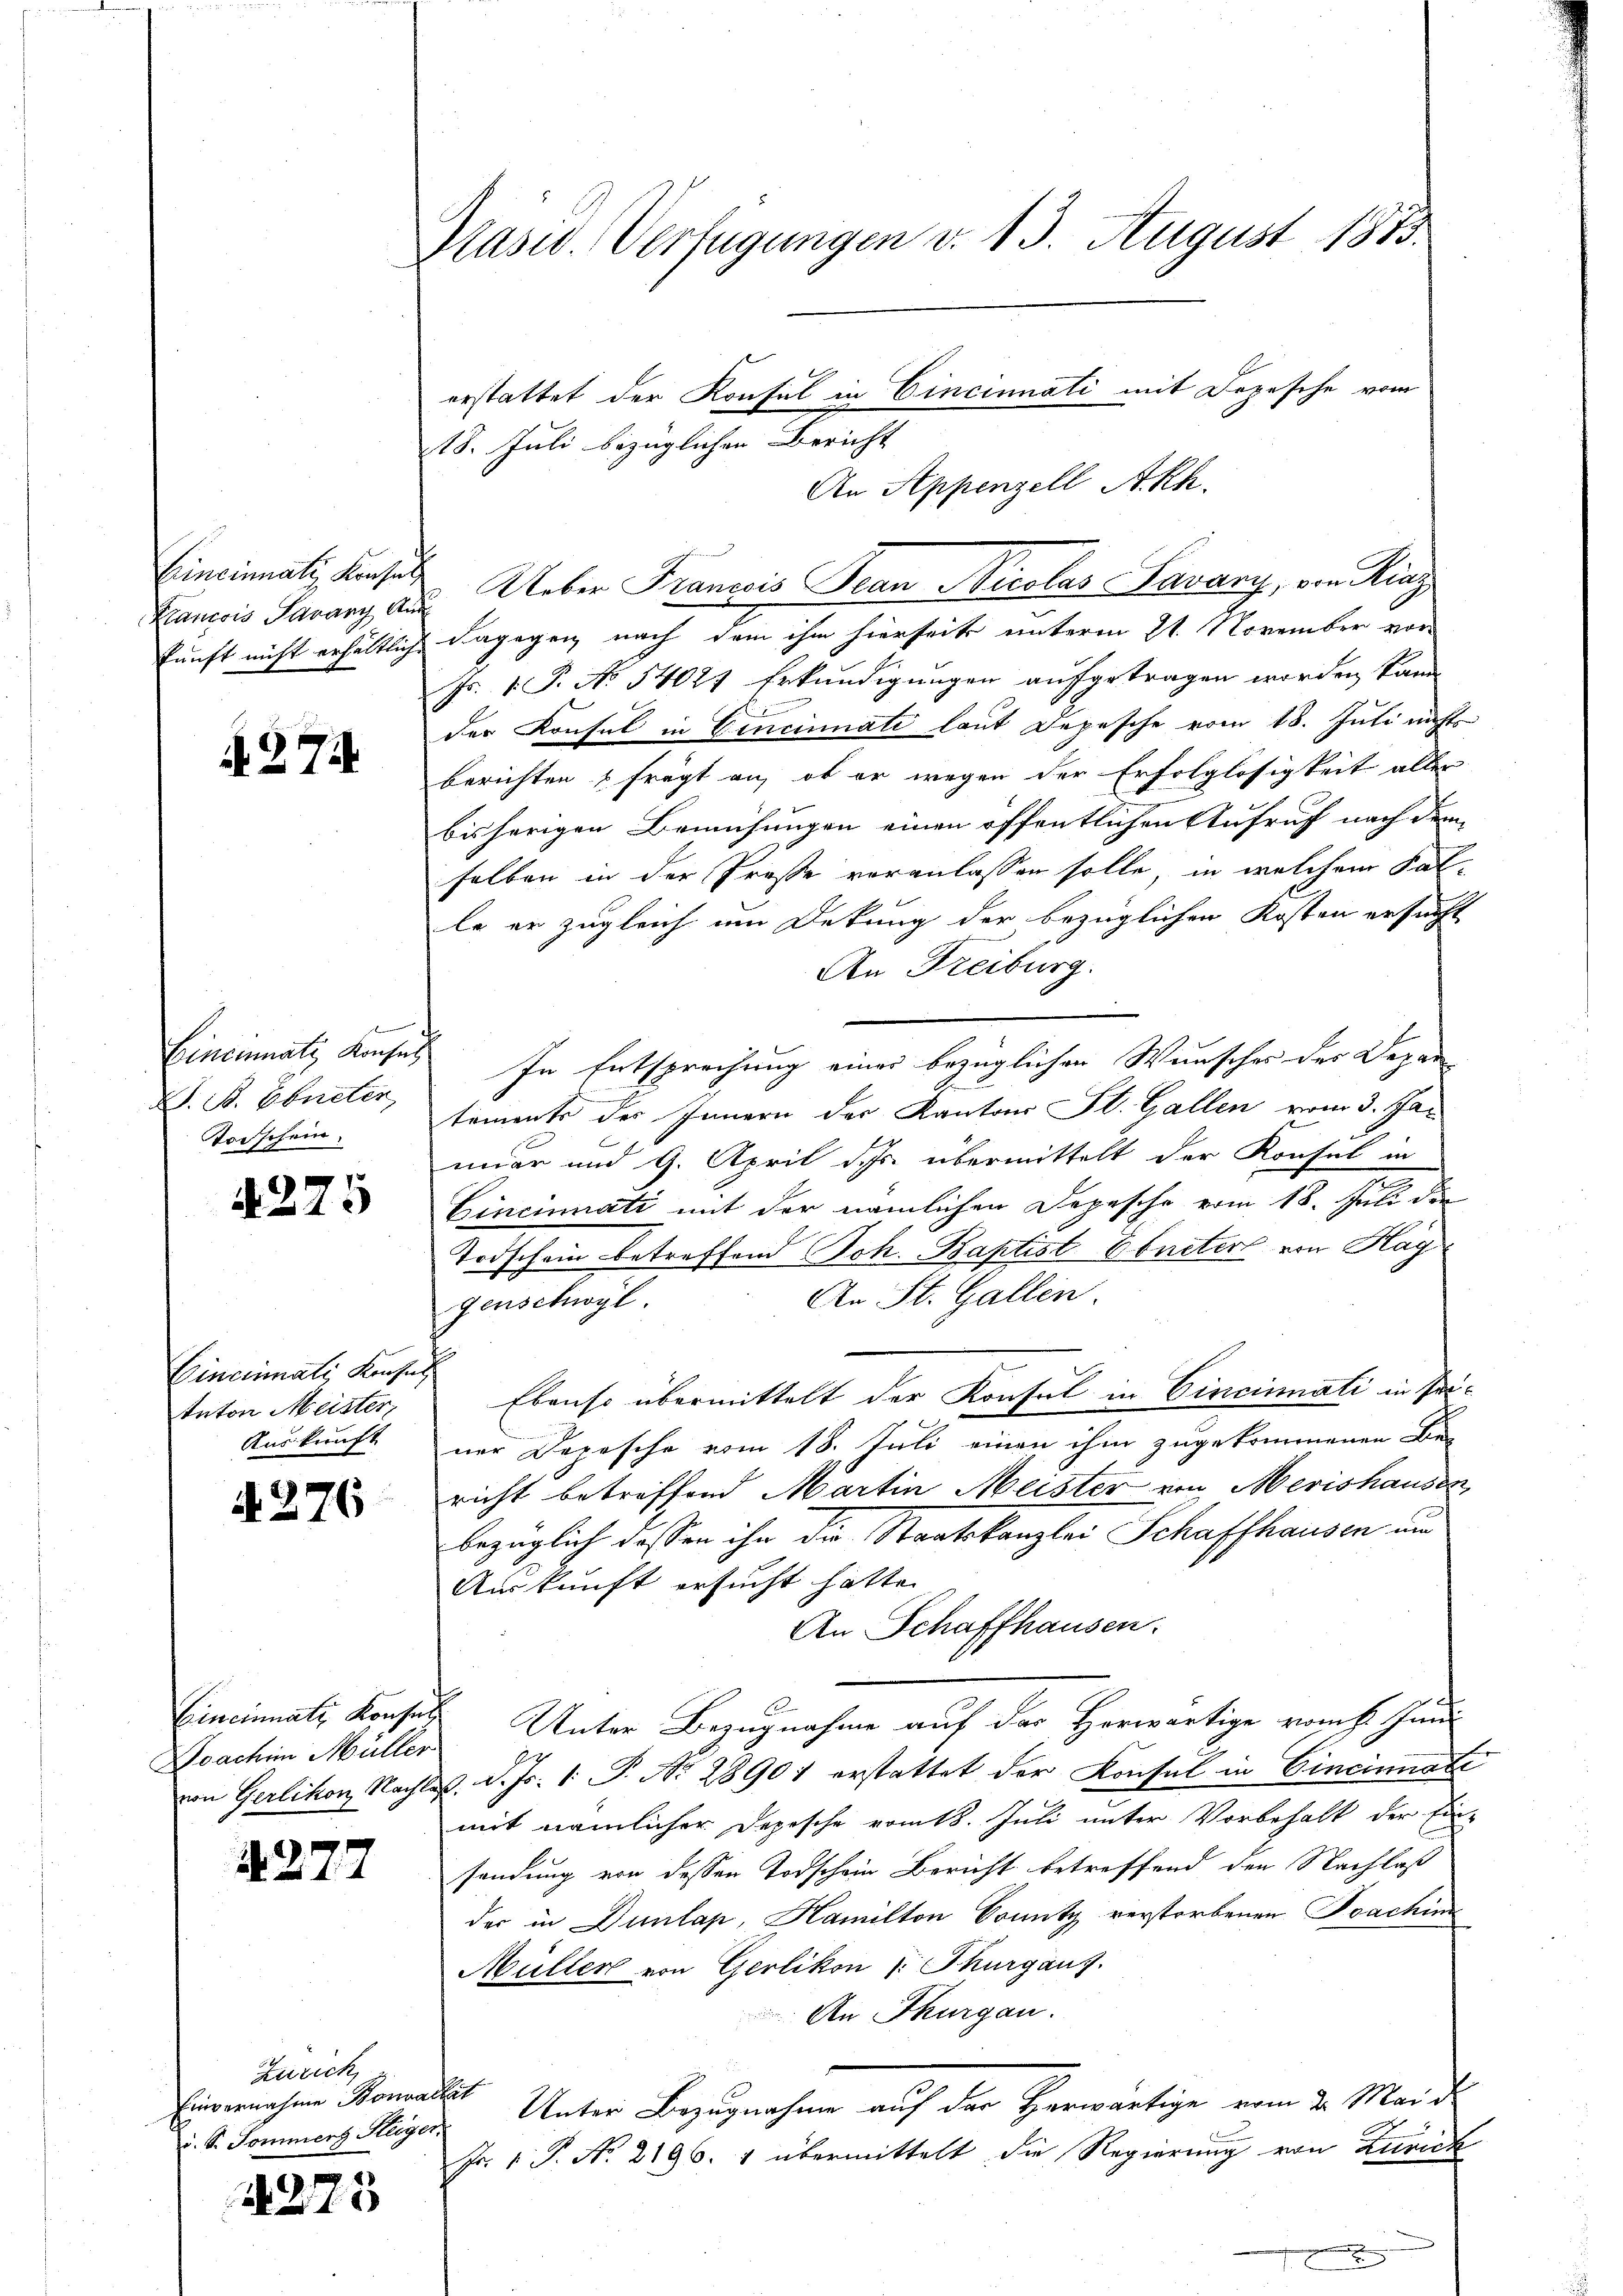
Cincinati, Konsul
Lrancois Tavanz An
kunft nicht erhältliche

N. 274

Cincinnatz Konsus
J. B. Ebneter
Torschein.

A. 27

427

275

Cincinati, Konses
tnton Meister,
Auskunft

6

Doachim Müller

Zürich,
Einvernahme Bonval
i. S. Sommenz Steiger.

275

Pasid. Verfügungen v. 13. August 1873.
erstattet der Konsul in Cincinati mit Depesche vom
18. Juli bezüglichen Bericht
An Appenzell Akh.

Ueber Franzis Jean Nicolas Savany, von Ring
dagegen nach dem ihm hierseits unterm 21. November vor
Fr. 1. P. No 54021 Erkundigungen aufgetragen worden kann
der Konsul in Cincinati laut Depesche vom 18. Juli nicht
berichten frägt an, ob er wegen der Erfolglosigkeit aller
bisherigen Bemühungen einen öffentlichen Aufruf nach dem
selben in der Prose voranlassen solle, in welchem Falle er zugleich um Dekung der bezüglichen Kosten ersucht
An Freiburg.
In Entsprechung einer bezüglichen Wunsches des Depar
tements des Innern der Kantons St. Gallen vom 3. Januar und 9. April des übermittelt der Konsul in
Cincinati mit der nämlichen Depesche vom 18. Juli die
Todschein betreffend Joh. Baptist Ebneter von Hag
An St. Gallen.
Jenschwyl
Ebenso übermittelt der Konsul in Cincinati in seiner Depesche vom 18. Juli einen ihm zugekommenen Be-
richt betreffend Martin Meister von Merishausen,
bezüglich dessen ihn die Staatskanzlei Schaffhausen un
Auskunft ersucht hatte.
An Schaffhausen.
Cincinnatz Konses Unter Bezugnahme auf der Herwärtige vom 6. Juni
von Gerlikon, Nachlaß. d. Js. 1. P. Nr. 28901 erstattet der Konsul in Cincinnate
mit nämlicher Depesche vom t8. Juli unter Vorbehalt der Ein-
sendung von dessen Todschein Bericht betreffend den Nachlaß
der in Dunlap, Hamilton Bonitz verstorbenen Joachinz
Müller von Gerlikon s. Thurgaus.
An Thurgau.
ich
Unter Bezugnahme auf der Herwärtige vom 2. Maid
Fr. 1 P. No. 2196. 4 übermittelt die Regierung von Zürich